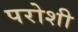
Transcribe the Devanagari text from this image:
परोशी